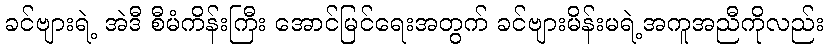
ခင်ဗျားရဲ့ အဲဒီ စီမံကိန်းကြီး အောင်မြင်ရေးအတွက် ခင်ဗျားမိန်းမရဲ့အကူအညီကိုလည်း